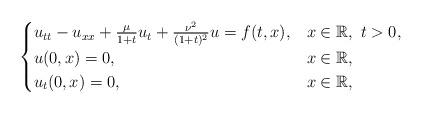
LaTeX: \begin{align*}\begin{cases} u_{tt}- u_{xx} +\frac{\mu}{1+t}u_t+\frac{\nu^2}{(1+t)^2}u=f(t,x), & x\in \mathbb{R}, \ t>0,\\u(0,x)=0, & x\in \mathbb{R}, \\ u_t(0,x)=0, & x\in \mathbb{R},\end{cases}\end{align*}